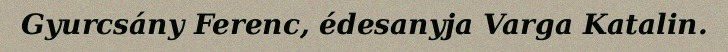
Gyurcsány Ferenc, édesanyja Varga Katalin.